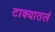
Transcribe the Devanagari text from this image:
टाक्यातलं